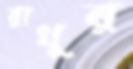
রাখুর